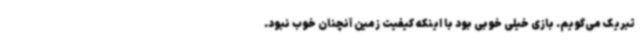
تبریک می‌گویم. بازی خیلی خوبی بود با اینکه کیفیت زمین آنچنان خوب نبود.